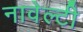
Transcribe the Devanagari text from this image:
नावेल्टी